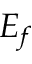
E _ { f }